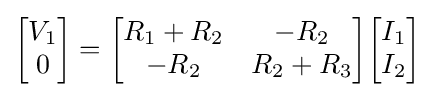
{\begin{bmatrix}V_{1}\\0\end{bmatrix}}={\begin{bmatrix}R_{1}+R_{2}&-R_{2}\\-R_{2}&R_{2}+R_{3}\end{bmatrix}}{\begin{bmatrix}I_{1}\\I_{2}\end{bmatrix}}